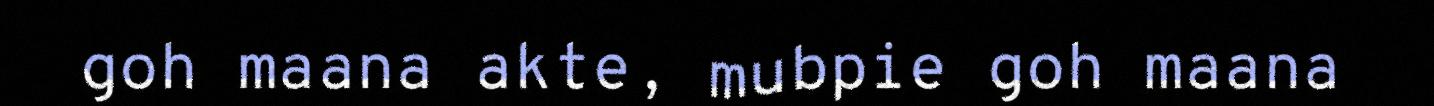
goh maana akte, mubpie goh maana